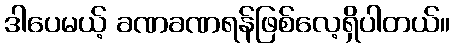
ဒါပေမယ့် ခဏခဏရန်ဖြစ်လေ့ရှိပါတယ်။